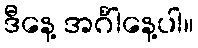
ဒီနေ့ အင်္ဂါနေ့ပါ။